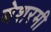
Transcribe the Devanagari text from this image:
बेशरमी